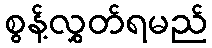
စွန့်လွှတ်ရမည်